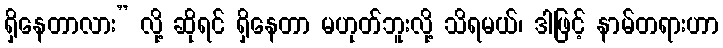
ရှိနေတာလား” လို့ ဆိုရင် ရှိနေတာ မဟုတ်ဘူးလို့ သိရမယ်၊ ဒါဖြင့် နာမ်တရားဟာ